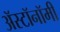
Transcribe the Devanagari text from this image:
ॲस्टॉनॉमी